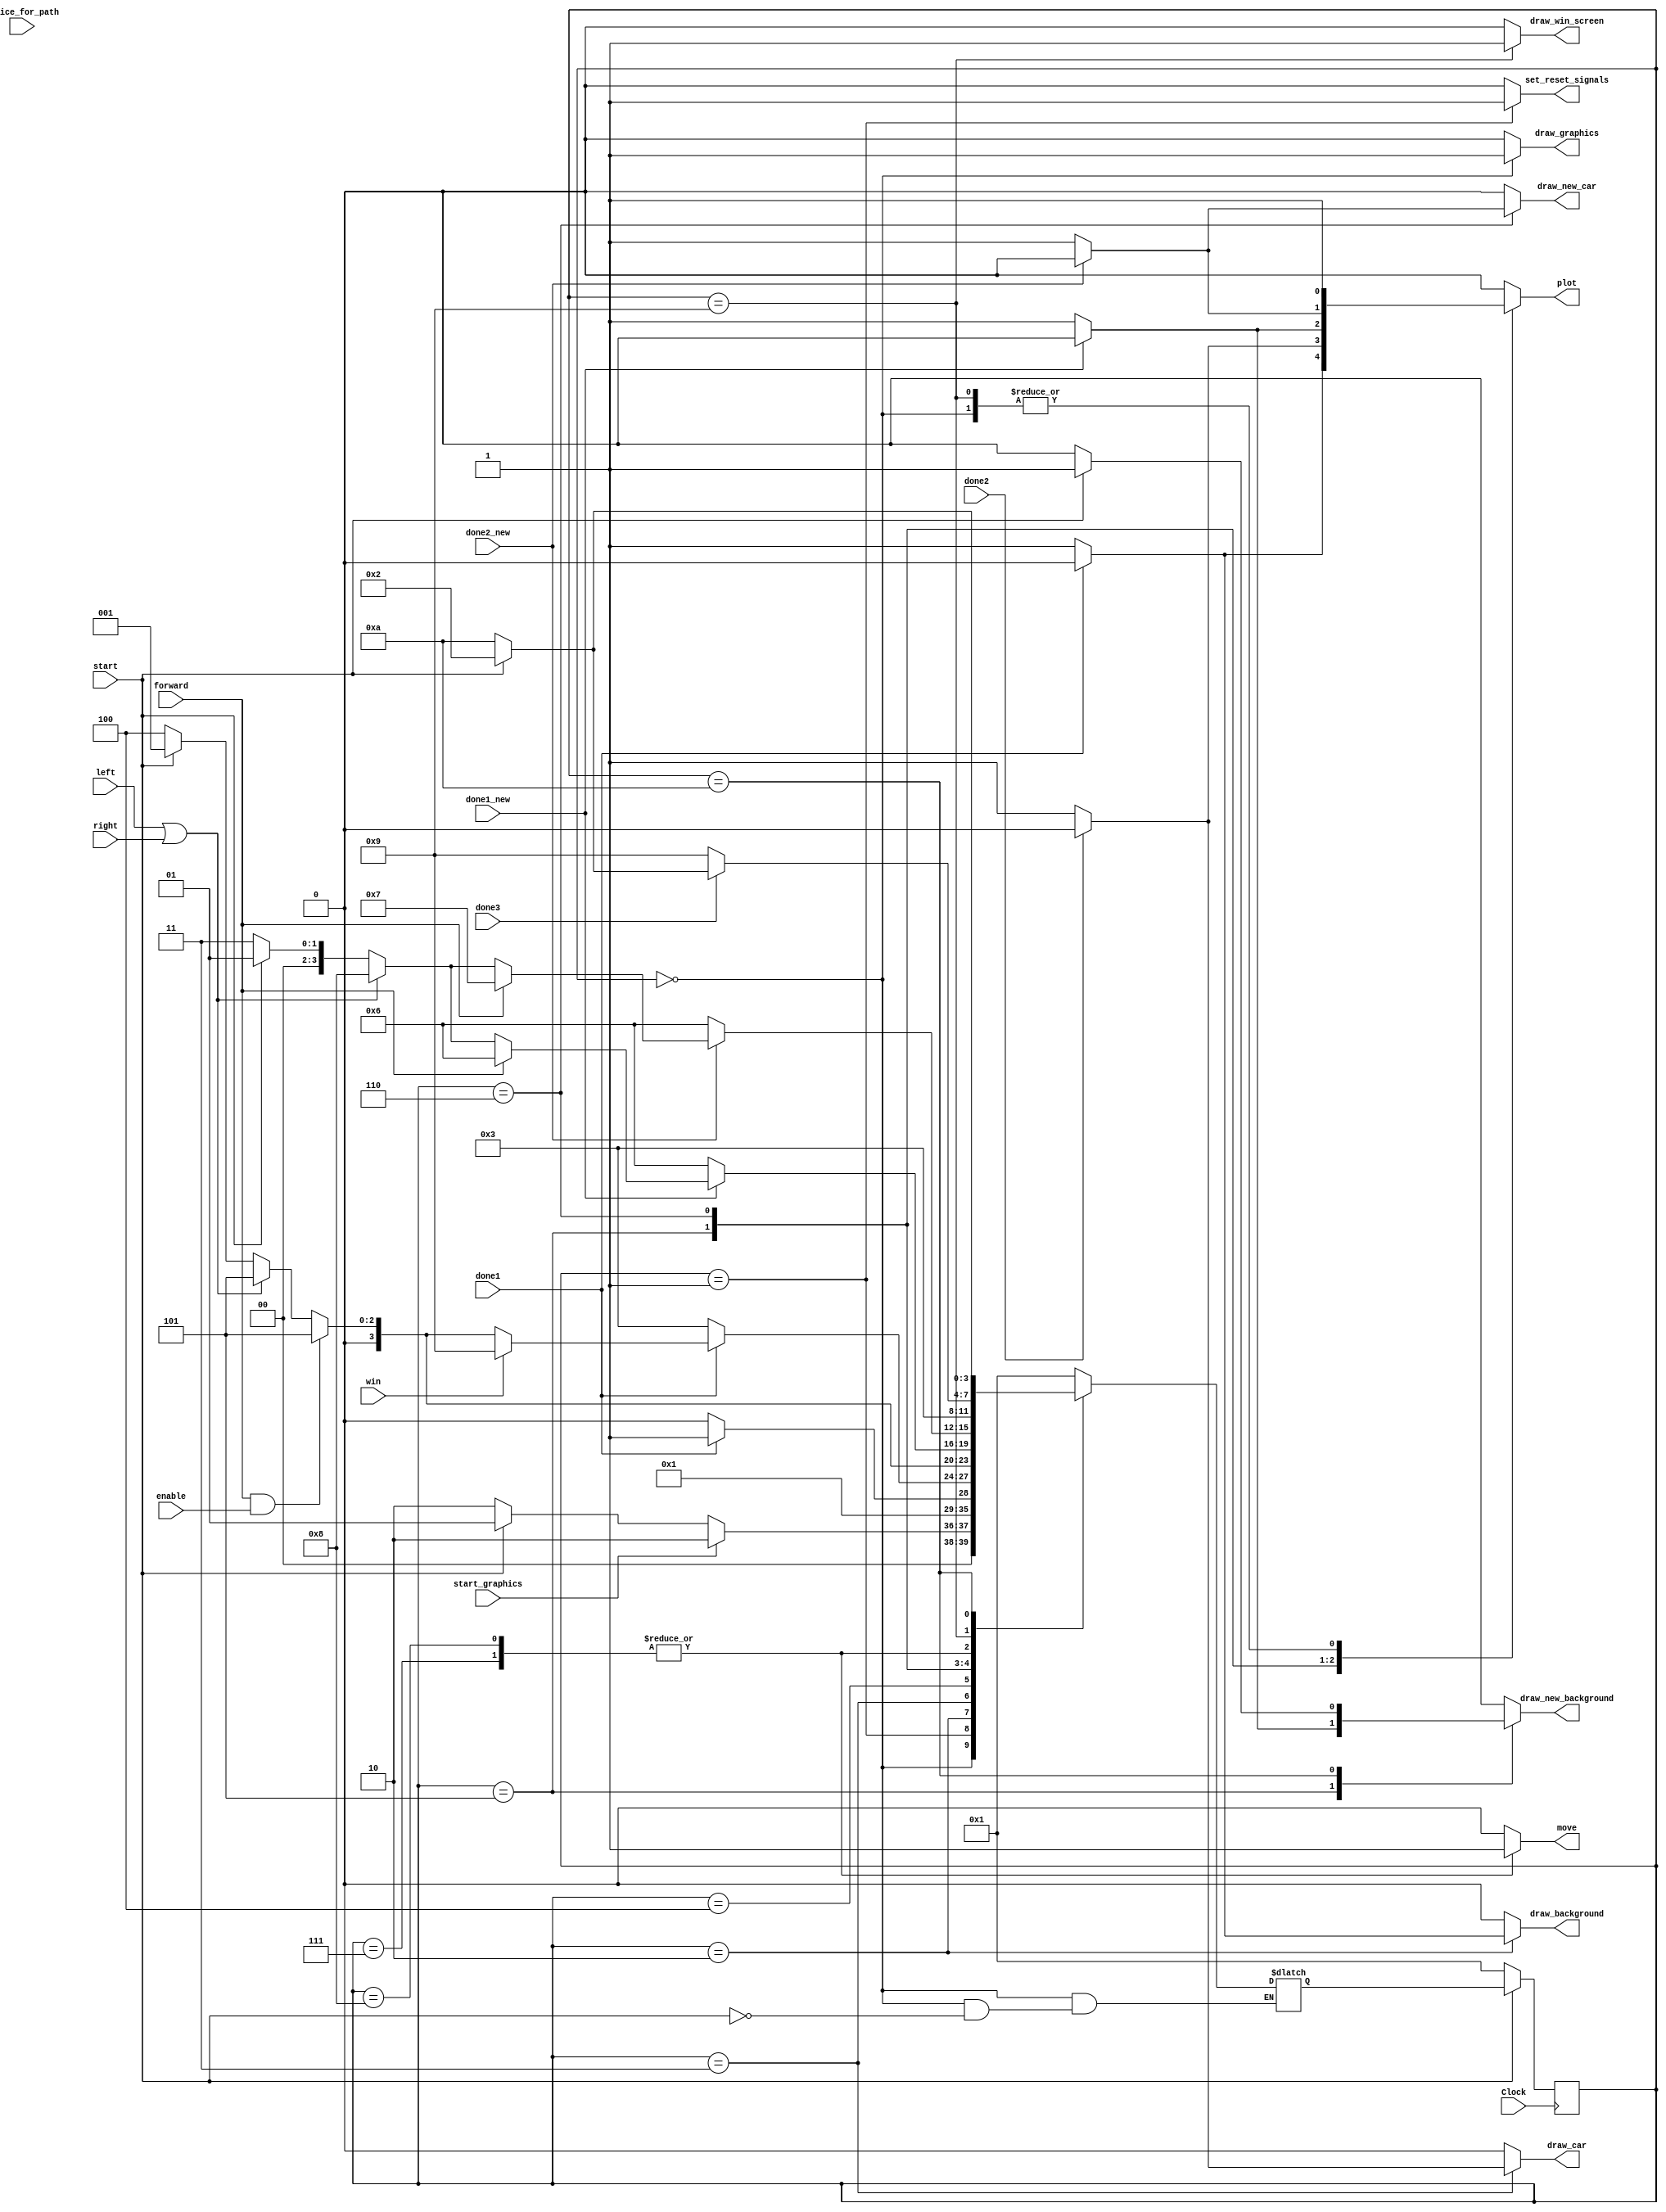
module control_game(
	input Clock, enable, start, left, right, choice_for_path, win, forward, done1, done2, done1_new, done2_new, start_graphics, done3, 
	
	output reg
		draw_graphics,
		set_reset_signals,
		draw_background,
		draw_car,
	   draw_new_background,
		draw_new_car,
		draw_win_screen,
		move,
		plot);
	
	reg[3:0] current_state, next_state;

	
	localparam  	DRAW_GRAPHICS = 0,
					SET_RESET		  = 1,
					DRAW_BACKGROUND   = 2,
					DRAW_CAR          = 3,
					WAIT     = 4,
					DRAW_NEW_BACKGROUND = 5,
					DRAW_NEW_CAR     = 6,
					MOVE_FORWARD 	  = 7,
					LEFT_RIGHT_PATH   = 8,
					DRAW_WIN_SCREEN	  = 9,
					WAIT_FOR_START = 10;
    
    // Next state logic aka our state table
    always@(*)
    begin 
		case (current_state)
			DRAW_GRAPHICS: begin
				if(start)begin
					if(start_graphics) next_state = DRAW_BACKGROUND;
					else if(start) next_state = SET_RESET;
					else next_state = DRAW_BACKGROUND;
				end
			end
			SET_RESET: next_state = DRAW_GRAPHICS;
			DRAW_BACKGROUND: next_state = done1 ? DRAW_CAR : DRAW_BACKGROUND;
			DRAW_CAR: begin
				if(done1) begin
					if(win) next_state = DRAW_WIN_SCREEN;
					else if(forward == 1'b1 && enable) next_state = DRAW_NEW_BACKGROUND;
					else if(left == 1'b1 || right == 1'b1) next_state = DRAW_NEW_BACKGROUND;
					else if(start) next_state = SET_RESET;
					else next_state = WAIT;
				end
				else next_state = DRAW_CAR;
			end
			WAIT: begin
				if(forward == 1'b1 && enable) next_state = DRAW_NEW_BACKGROUND;
				else if(left == 1'b1 || right == 1'b1) next_state = DRAW_NEW_BACKGROUND;
				else if(start) next_state = SET_RESET;
				else next_state = WAIT;
			end
			DRAW_NEW_BACKGROUND: begin
				if(done1_new) begin
					if(forward == 1'b1) next_state = DRAW_NEW_CAR;
					else if(left == 1'b1 || right == 1'b1) next_state = LEFT_RIGHT_PATH;
					else if(start) next_state = SET_RESET;
					else next_state = DRAW_CAR;
				end
				else next_state = DRAW_NEW_CAR;
			end
			DRAW_NEW_CAR: begin
				if(done2_new) begin
					if(forward == 1'b1) next_state = MOVE_FORWARD;
					else if(left == 1'b1 || right == 1'b1) next_state = LEFT_RIGHT_PATH;
					else if(start) next_state = SET_RESET;
					else next_state = DRAW_CAR;
				end
				else next_state = DRAW_NEW_CAR;
			end
			MOVE_FORWARD: next_state = DRAW_CAR;
			LEFT_RIGHT_PATH: next_state = DRAW_CAR;
			DRAW_WIN_SCREEN: begin
				if(done3) begin
					if(start) next_state = DRAW_BACKGROUND;
					else next_state = WAIT_FOR_START;
				end
				else next_state = DRAW_WIN_SCREEN;
			end
			WAIT_FOR_START: next_state = start ? DRAW_BACKGROUND : WAIT_FOR_START;
			default: next_state = SET_RESET;
		endcase
    end // state_table

    // Output logic aka all of our datapath control signals
    always @(*)
    begin
		draw_graphics = 1'b0;
		set_reset_signals = 1'b0;
		draw_background = 1'b0;
		draw_car = 1'b0;
	   draw_new_background = 1'b0;
		draw_new_car = 1'b0;
		draw_win_screen = 1'b0;
		move = 1'b0;
		plot = 1'b0;
	 
        case (current_state)
			DRAW_GRAPHICS: begin
				draw_graphics = 1'b1;
				plot = 1'b1;
			end
			SET_RESET: set_reset_signals = 1'b1;
			DRAW_BACKGROUND: begin
				if(done1) plot = 1'b0;
				else begin
					draw_background = 1'b1;
					plot = 1'b1;
				end
			end
			DRAW_CAR: begin
				if(done2) plot = 1'b0;
				else begin
					draw_car = 1'b1;
					plot = 1'b1;
				end
			end
			DRAW_NEW_BACKGROUND: begin
				if(done1_new) plot = 1'b0;
				else begin
					draw_new_background = 1'b1;
					plot = 1'b1;
				end
			end
			DRAW_NEW_CAR: begin
				if(done2_new) plot = 1'b0;
				else begin
					draw_new_car = 1'b1;
					plot = 1'b1;
				end
			end
			MOVE_FORWARD: move = 1'b1;
			LEFT_RIGHT_PATH: move = 1'b1;
			DRAW_WIN_SCREEN: begin
				draw_win_screen = 1'b1;
				plot = 1'b1;
			end
			WAIT_FOR_START: begin
				if(start) draw_new_background = 1'b1;
			end
        endcase
    end // enable_signals
   
    // current_state registers
    always@(posedge Clock)
    begin
	    if(!start) current_state <= SET_RESET;
       else current_state <= next_state;
    end // state_FFS
	 
endmodule